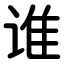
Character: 谁